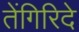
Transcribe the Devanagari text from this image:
तेंगिरिदे